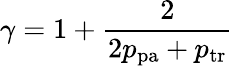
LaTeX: \gamma=1+\frac{2}{2p_{\mathrm{pa}}+p_{\mathrm{tr}}}